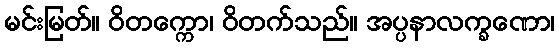
မင်းမြတ်။ ဝိတက္ကော၊ ဝိတက်သည်။ အပ္ပနာလက္ခဏော၊